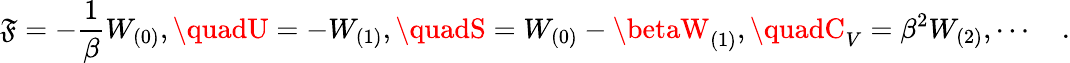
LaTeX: \mathfrak{F}=-{\frac{{1}}{{\beta}}}W_{(0)},\quadU=-W_{(1)},\quadS=W_{(0)}-\betaW_{(1)},\quadC_{V}=\beta^{2}W_{(2)},\cdots\quad.